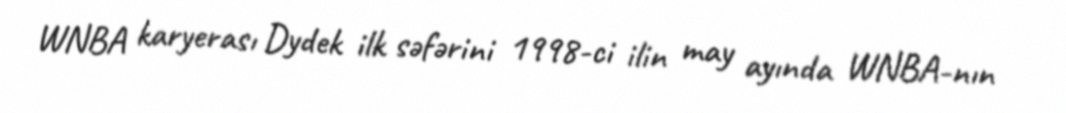
WNBA karyerası Dydek ilk səfərini 1998-ci ilin may ayında WNBA-nın